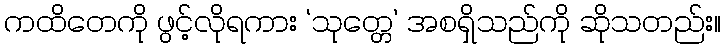
ကထိတေကို ဖွင့်လိုရကား ‘သုတ္တေ’ အစရှိသည်ကို ဆိုသတည်း။